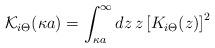
LaTeX: \begin{align*}{\mathcal K_{i \Theta}} (\kappa a) = \int_{\kappa a}^{\infty} d z \, z \left[ K_{i \Theta} (z) \right]^{2} \; \end{align*}